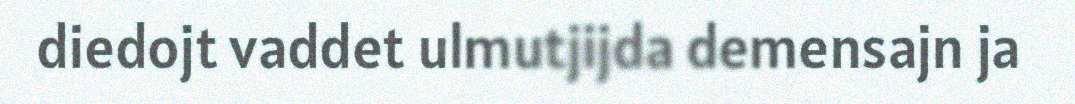
diedojt vaddet ulmutjijda demensajn ja